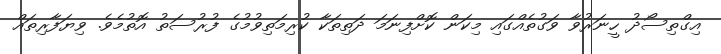
އިގްތިސޯދު ހީނަރުވާ ވަގުތެއްގައި މިކަން ކޮށްފިނަމަ ދަތިތަކާ ކުރިމަތިވުމުގެ ފުރުސަތު އޮތުމެވެ. ވިޔަފާރިތައް